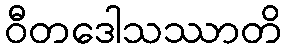
ဝီတဒေါသဿာတိ